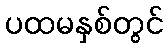
ပထမနှစ်တွင်